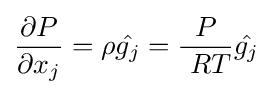
{\partial P \over \partial x_{j}}=\rho {\hat {g_{j}}}={P \over \ RT}{\hat {g_{j}}}